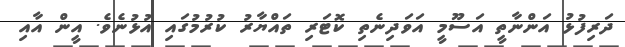
ދަރިފުޅު އަންނާތީ އަސޫމީ އަވަދިނެތި ކޮޓަރި ތައްޔާރު ކުރުމުގައި އުޅުނެވެ. އީން އާއި